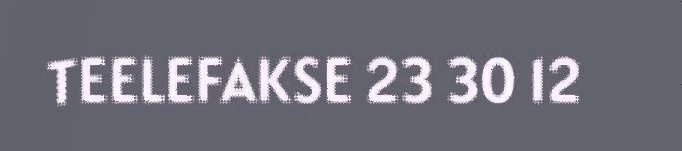
TEELEFAKSE 23 30 12